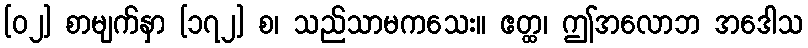
[၀၂] စာမျက်နှာ [၁၇၂] စ၊ သည်သာမကသေး။ ဧတ္ထ၊ ဤအလောဘ အဒေါသ